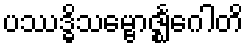
ပဿဒ္ဓိသမ္ဗောဇ္ဈင်္ဂေါတိ